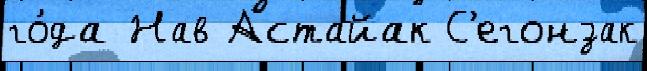
го́да Нав Астайак С'егонзак